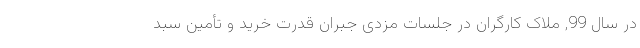
در سال 99, ملاک کارگران در جلسات مزدی جبران قدرت خرید و تأمین سبد